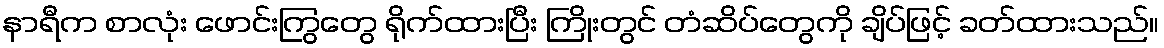
နာရီက စာလုံး ဖောင်းကြွတွေ ရိုက်ထားပြီး ကြိုးတွင် တံဆိပ်တွေကို ချိပ်ဖြင့် ခတ်ထားသည်။